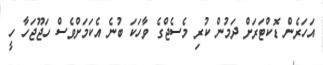
އަހަރެން ޑޮކްޓަރަށް ދަމުން ކުރި މެސެޖްގެ ވާހަކަ ބުނެ އެކަމަށްވެސް ހަޖޫޖަހާ ހީ